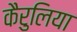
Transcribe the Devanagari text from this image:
कैरुलिया